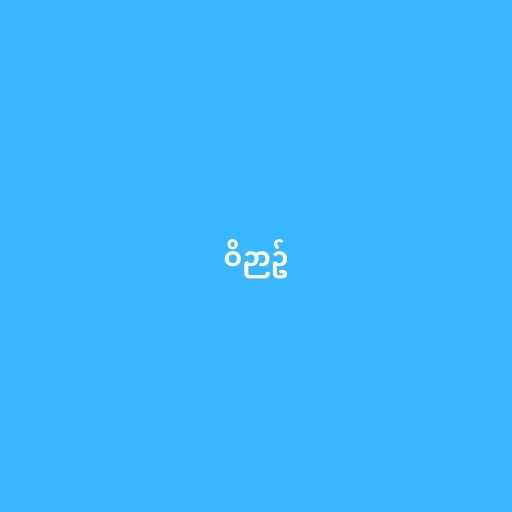
ဝိဉာဥ်